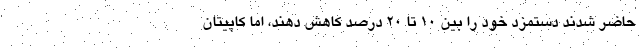
حاضر شدند دستمزد خود را بین 10 تا 20 درصد کاهش دهند، اما کاپیتان